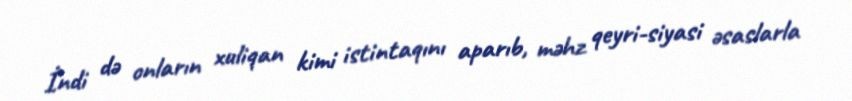
İndi də onların xuliqan kimi istintaqını aparıb, məhz qeyri-siyasi əsaslarla